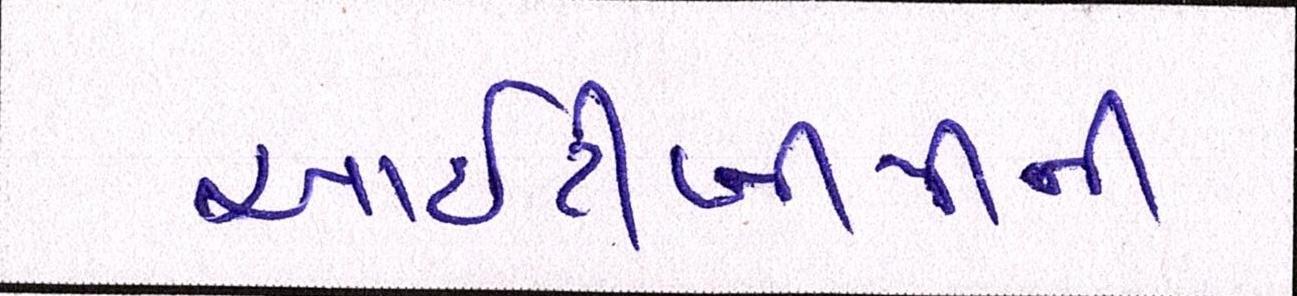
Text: આઇટીબીપીની